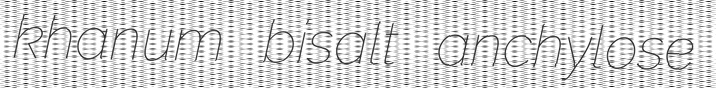
khanum bisalt anchylose